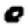
Digit: 0